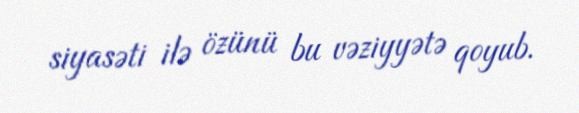
siyasəti ilə özünü bu vəziyyətə qoyub.